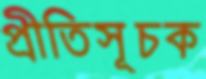
প্রীতিসূচক